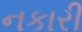
નકારી